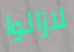
لازالوا